Scottish Leaving Certificate Examination, 1958
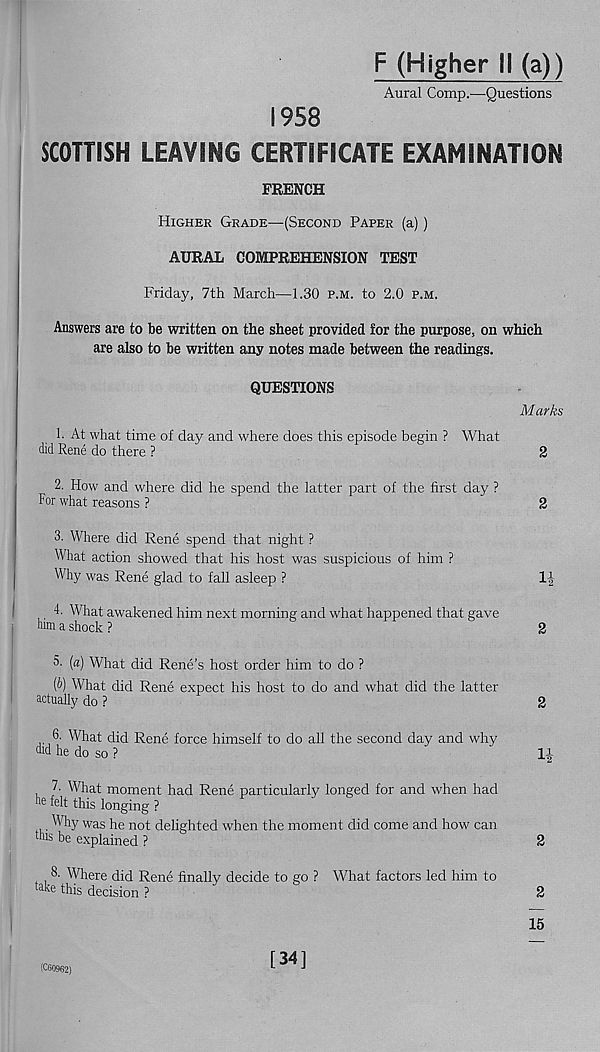
F (Higher II (a))
Aural Comp.—Questions
1958
SCOTTISH LEAVING CERTIFICATE EXAMINATION
FRENCH
Higher Grade—(Second Paper (a))
AURAL COMPREHENSION TEST
Friday, 7th March—1.30 p.m. to 2.0 p.m.
Answers are to be written on the sheet provided for the purpose, on which
are also to be written any notes made between the readings.
QUESTIONS
Marks
1. At what time of day and where does this episode begin ? What
did Rene do there ?
2
2. How and where did he spend the latter part of the first day ?
For what reasons ?
2
3. Where did Rene spend that night ?
What action showed that his host was suspicious of him ?
Why was Rene glad to fall asleep ?
1|
4. What awakened him next morning and what happened that gave
him a shock ?
2
5- (a) What did Rene’s host order him to do ?
[b) What did Rene expect his host to do and what did the latter
actually do ?
2
6. What did Rene force himself to do all the second day and why
md he do so ?
li
7. What moment had Rene particularly longed for and when had
he felt this longing ?
Why was he not delighted when the moment did come and how can
this be explained ?
2
8. Where did Rene finally decide to go ? What factors led him to
ta ke this decision ?
2
15
(CG0962)
[34]